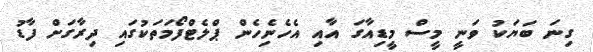
ގިނަ ބަޔަކު ވަނީ މީސް މީޑިއާގަ އާއި އެހެނެިހެން ޕްލެޓްފޯމަތަކުގައި ދިރާގަށް ފާޑު